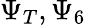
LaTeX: \Psi_{T},\Psi_{6}